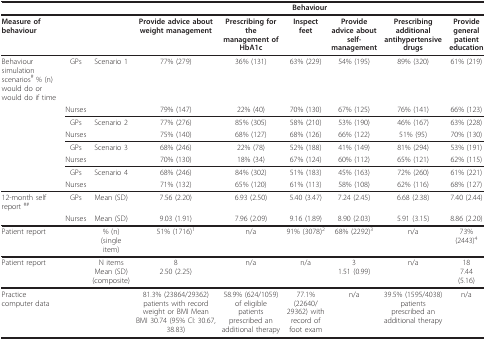
<table><thead><tr><td></td><td></td><td></td><td colspan="6"><b>Behaviour</b></td></tr></thead><tbody><tr><td><b>Measure of behaviour</b></td><td></td><td></td><td><b>Provide advice about weight management</b></td><td><b>Prescribing for the management of HbA1c</b></td><td><b>Inspect feet</b></td><td><b>Provide advice about self-management</b></td><td><b>Prescribing additional antihypertensive drugs</b></td><td><b>Provide general patient education</b></td></tr><tr><td>Behaviour simulation scenarios<sup># </sup>% (n) would do or would do if time</td><td>GPs</td><td>Scenario 1</td><td>77% (279)</td><td>36% (131)</td><td>63% (229)</td><td>54% (195)</td><td>89% (320)</td><td>61% (219)</td></tr><tr><td></td><td>Nurses</td><td></td><td>79% (147)</td><td>22% (40)</td><td>70% (130)</td><td>67% (125)</td><td>76% (141)</td><td>66% (123)</td></tr><tr><td></td><td>GPs</td><td>Scenario 2</td><td>77% (276)</td><td>85% (305)</td><td>58% (210)</td><td>53% (190)</td><td>46% (167)</td><td>63% (228)</td></tr><tr><td></td><td>Nurses</td><td></td><td>75% (140)</td><td>68% (127)</td><td>68% (126)</td><td>66% (122)</td><td>51% (95)</td><td>70% (130)</td></tr><tr><td></td><td>GPs</td><td>Scenario 3</td><td>68% (246)</td><td>22% (78)</td><td>52% (188)</td><td>41% (149)</td><td>81% (294)</td><td>53% (191)</td></tr><tr><td></td><td>Nurses</td><td></td><td>70% (130)</td><td>18% (34)</td><td>67% (124)</td><td>60% (112)</td><td>65% (121)</td><td>62% (115)</td></tr><tr><td></td><td>GPs</td><td>Scenario 4</td><td>68% (246)</td><td>84% (302)</td><td>51% (183)</td><td>45% (163)</td><td>72% (260)</td><td>61% (221)</td></tr><tr><td></td><td>Nurses</td><td></td><td>71% (132)</td><td>65% (120)</td><td>61% (113)</td><td>58% (108)</td><td>62% (116)</td><td>68% (127)</td></tr><tr><td>12-month self report <sup>##</sup></td><td>GPs</td><td>Mean (SD)</td><td>7.56 (2.20)</td><td>6.93 (2.50)</td><td>5.40 (3.47)</td><td>7.24 (2.45)</td><td>6.68 (2.38)</td><td>7.40 (2.44)</td></tr><tr><td></td><td>Nurses</td><td>Mean (SD)</td><td>9.03 (1.91)</td><td>7.96 (2.09)</td><td>9.16 (1.89)</td><td>8.90 (2.03)</td><td>5.91 (3.15)</td><td>8.86 (2.20)</td></tr><tr><td>Patient report</td><td></td><td>% (n) (single item)</td><td>51% (1716)<sup>1</sup></td><td>n/a</td><td>91% (3078)<sup>2</sup></td><td>68% (2292)<sup>3</sup></td><td>n/a</td><td>73% (2443)<sup>4</sup></td></tr><tr><td>Patient report</td><td></td><td>N items Mean (SD) (composite)</td><td>82.50 (2.25)</td><td>n/a</td><td>n/a</td><td>31.51 (0.99)</td><td>n/a</td><td>187.44(5.16)</td></tr><tr><td>Practice computer data</td><td></td><td></td><td>81.3% (23864/29362) patients with record weight or BMI Mean BMI 30.74 (95% CI: 30.67, 38.83)</td><td>58.9% (624/1059) of eligible patients prescribed an additional therapy</td><td>77.1% (22640/29362) with record of foot exam</td><td>n/a</td><td>39.5% (1595/4038) patients prescribed an additional therapy</td><td>n/a</td></tr></tbody></table>